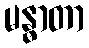
မန္ဓာတာ